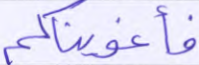
فأغويناكم